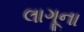
લાગૂના